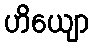
ဟိယျော